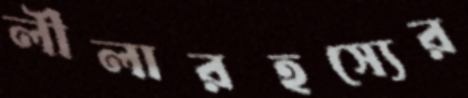
লীলারহস্যের